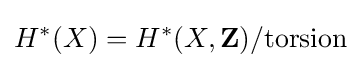
H^{*}(X)=H^{*}(X,\mathbf {Z} )/\mathrm {torsion}